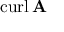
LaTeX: \mathrm { c u r l } \, \mathbf { A }